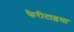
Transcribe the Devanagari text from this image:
फैरीटाइमा